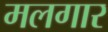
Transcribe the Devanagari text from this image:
मलगार